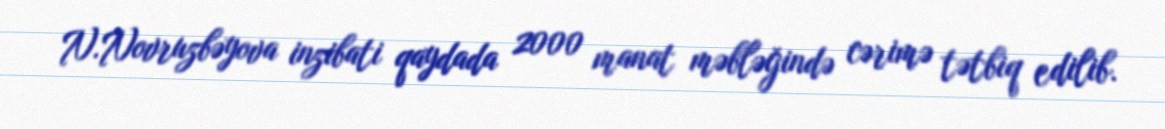
N.Novruzbəyova inzibati qaydada 2000 manat məbləğində cərimə tətbiq edilib.